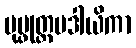
ပုပ္ဖုတ္တမဒါယိကာ